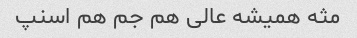
مثه همیشه عالی هم جم هم اسنپ